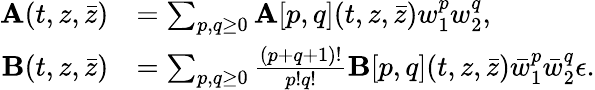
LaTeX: \begin{array}{rl}{\mathbf{A}(t,z,\bar{z})}&{=\sum_{p,q\geq 0}\mathbf{A}[p,q](t,z,\bar{z})w_{1}^{p}w_{2}^{q},}\\ {\mathbf{B}(t,z,\bar{z})}&{=\sum_{p,q\geq 0}\frac{(p+q+1)!}{p!q!}\mathbf{B}[p,q](t,z,\bar{z})\bar{w}_{1}^{p}\bar{w}_{2}^{q}\epsilon.}\end{array}